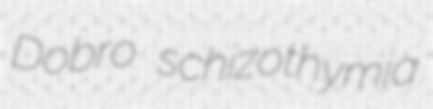
Dobro schizothymia